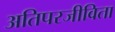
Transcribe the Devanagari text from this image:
अतिपरजीविता